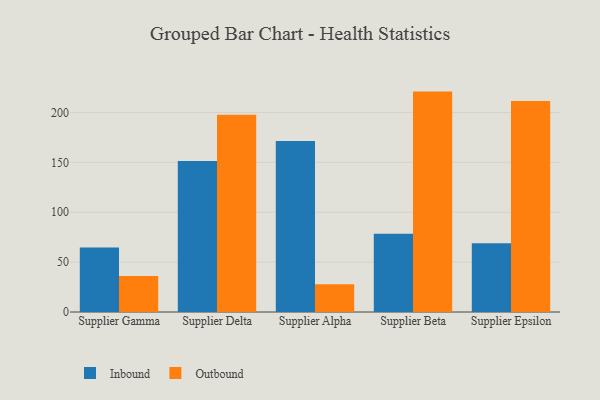
{"axis": {"x": "Supplier", "y": "Net Income (USD K)"}, "legend": ["Inbound", "Outbound"], "data": [{"x": "Supplier Gamma", "y": 64.7, "type": "Inbound"}, {"x": "Supplier Gamma", "y": 36.2, "type": "Outbound"}, {"x": "Supplier Delta", "y": 151.4, "type": "Inbound"}, {"x": "Supplier Delta", "y": 197.7, "type": "Outbound"}, {"x": "Supplier Alpha", "y": 171.5, "type": "Inbound"}, {"x": "Supplier Alpha", "y": 27.9, "type": "Outbound"}, {"x": "Supplier Beta", "y": 78.4, "type": "Inbound"}, {"x": "Supplier Beta", "y": 221.0, "type": "Outbound"}, {"x": "Supplier Epsilon", "y": 69.0, "type": "Inbound"}, {"x": "Supplier Epsilon", "y": 211.6, "type": "Outbound"}]}